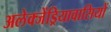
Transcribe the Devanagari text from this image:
अलेक्जेंड्रियावासियों